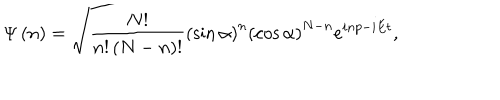
LaTeX: \Psi \left( n \right) = \sqrt { \frac { N ! } { n ! \left( N - n \right) ! } } \left( \sin \alpha \right) ^ { n } \left( \cos \alpha \right) ^ { N - n } e ^ { i n p - i E t } ,